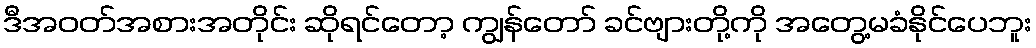
ဒီအဝတ်အစားအတိုင်း ဆိုရင်တော့ ကျွန်တော် ခင်ဗျားတို့ကို အတွေ့မခံနိုင်ပေဘူး